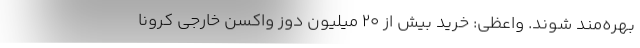
بهره‌مند شوند. واعظی: خرید بیش از 20 میلیون دوز واکسن خارجی کرونا